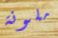
ملونة